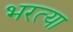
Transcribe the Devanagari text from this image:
भरत्या